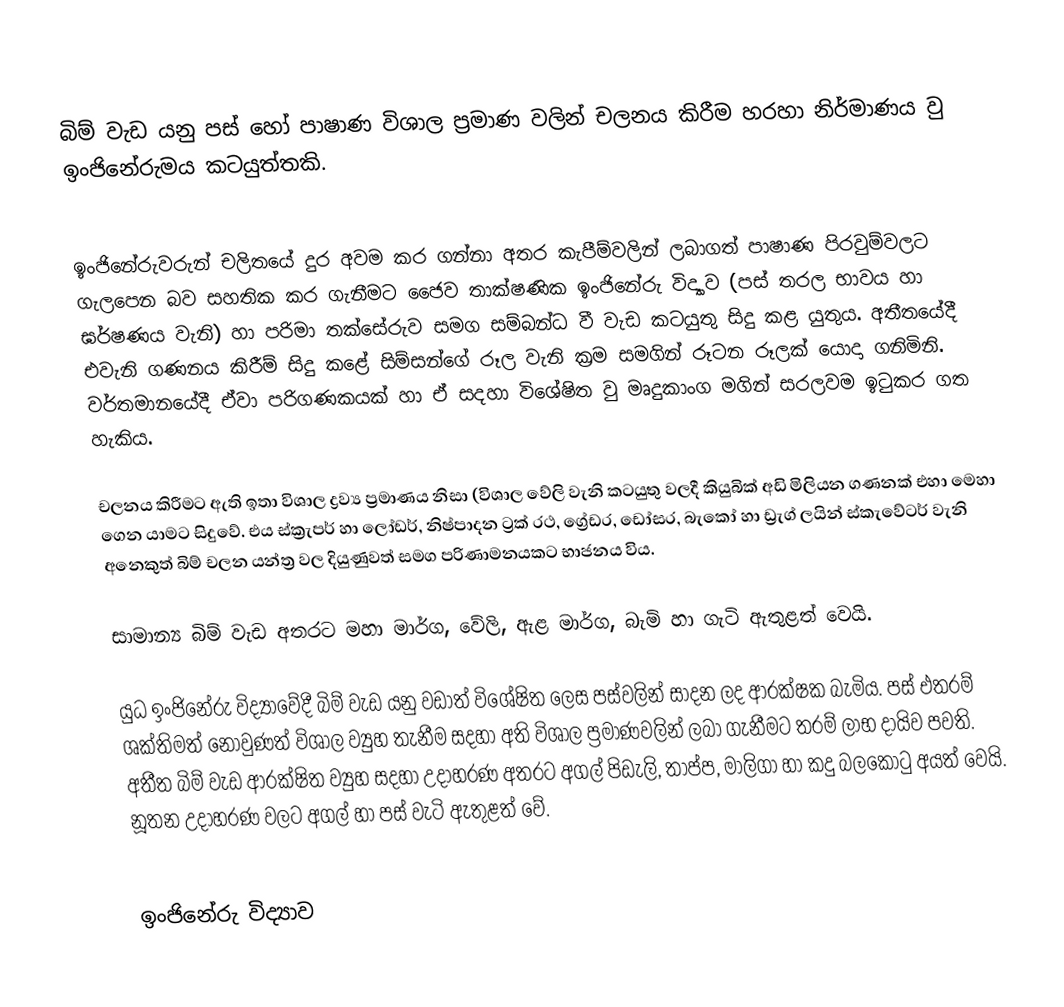
බිම් වැඩ යනු පස් හෝ පාෂාණ විශාල ප්‍රමාණ වලින් චලනය කිරීම හරහා නිර්මාණය වු ඉංජිනේරුමය කටයුත්තකි.

ඉංජිනේරුවරුන් චලිතයේ දුර අවම කර ගන්නා අතර කැපීම්වලින් ලබාගත් පාෂාණ පිරවුම්වලට ගැලපෙන බව සහතික කර ගැනීමට ජෛව තාක්ෂණික ඉංජිනේරු විද්‍යාව (පස් තරල භාවය හා ඝර්ෂණය වැනි) හා පරිමා තක්සේරුව සමග සම්බන්ධ වී වැඩ කටයුතු සිදු කළ යුතුය. අතීතයේදී එවැනි ගණනය කිරීම් සිදු කළේ සිම්සන්ගේ රූල වැනි ක්‍රම සමගින් රූටන රූලක් යොදා ගනිමිනි. වර්තමානයේදී ඒවා පරිගණකයක් හා ඒ සදහා විශේෂිත වු මෘදුකාංග මගින් සරලවම ඉටුකර ගත හැකිය.

චලනය කිරීමට ඇති ඉතා විශාල ද්‍රව්‍ය ප්‍රමාණය නිසා (විශාල වේලි වැනි කටයුතු වලදී කියුබික් අඩි මිලියන ගණනක් එහා මෙහා ගෙන යාමට සිදුවේ. එය ස්ක්‍රැපර් හා ලෝඩර්, නිෂ්පාදන ට්‍රක් රථ, ග්‍රේඩර, ඩෝසර, බැකෝ හා ඩ්‍රැග් ලයින් ස්කැවේටර් වැනි අනෙකුත් බිම් චලන යන්ත්‍ර වල දියුණුවත් සමග පරිණාමනයකට භාජනය විය.

සාමාන්‍ය බිම් වැඩ අතරට මහා මාර්ග, වේලි, ඇළ මාර්ග, බැමි හා ගැටි ඇතුළත් වෙයි.

යුධ ඉංජිනේරු විද්‍යාවේදී බිම් වැඩ යනු වඩාත් විශේෂිත ලෙස පස්වලින් සාදන ලද ආරක්ෂක බැමිය. පස් එතරම් ශක්තිමත් නොවුණත් විශාල ව්‍යුහ තැනීම සදහා අති විශාල ප්‍රමාණවලින් ලබා ගැනීමට තරම් ලාභ දායිව පවති. අතීත බිම් වැඩ ආරක්ෂිත ව්‍යුහ සදහා උදාහරණ අතරට අගල් පිඩැලි, තාප්ප, මාලිගා හා කදු බලකොටු අයත් වෙයි. නූතන උදාහරණ වලට අගල් හා පස් වැටි ඇතුළත් වේ.

 ඉංජිනේරු විද්‍යාව